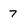
Character: 7